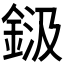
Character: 𮡾